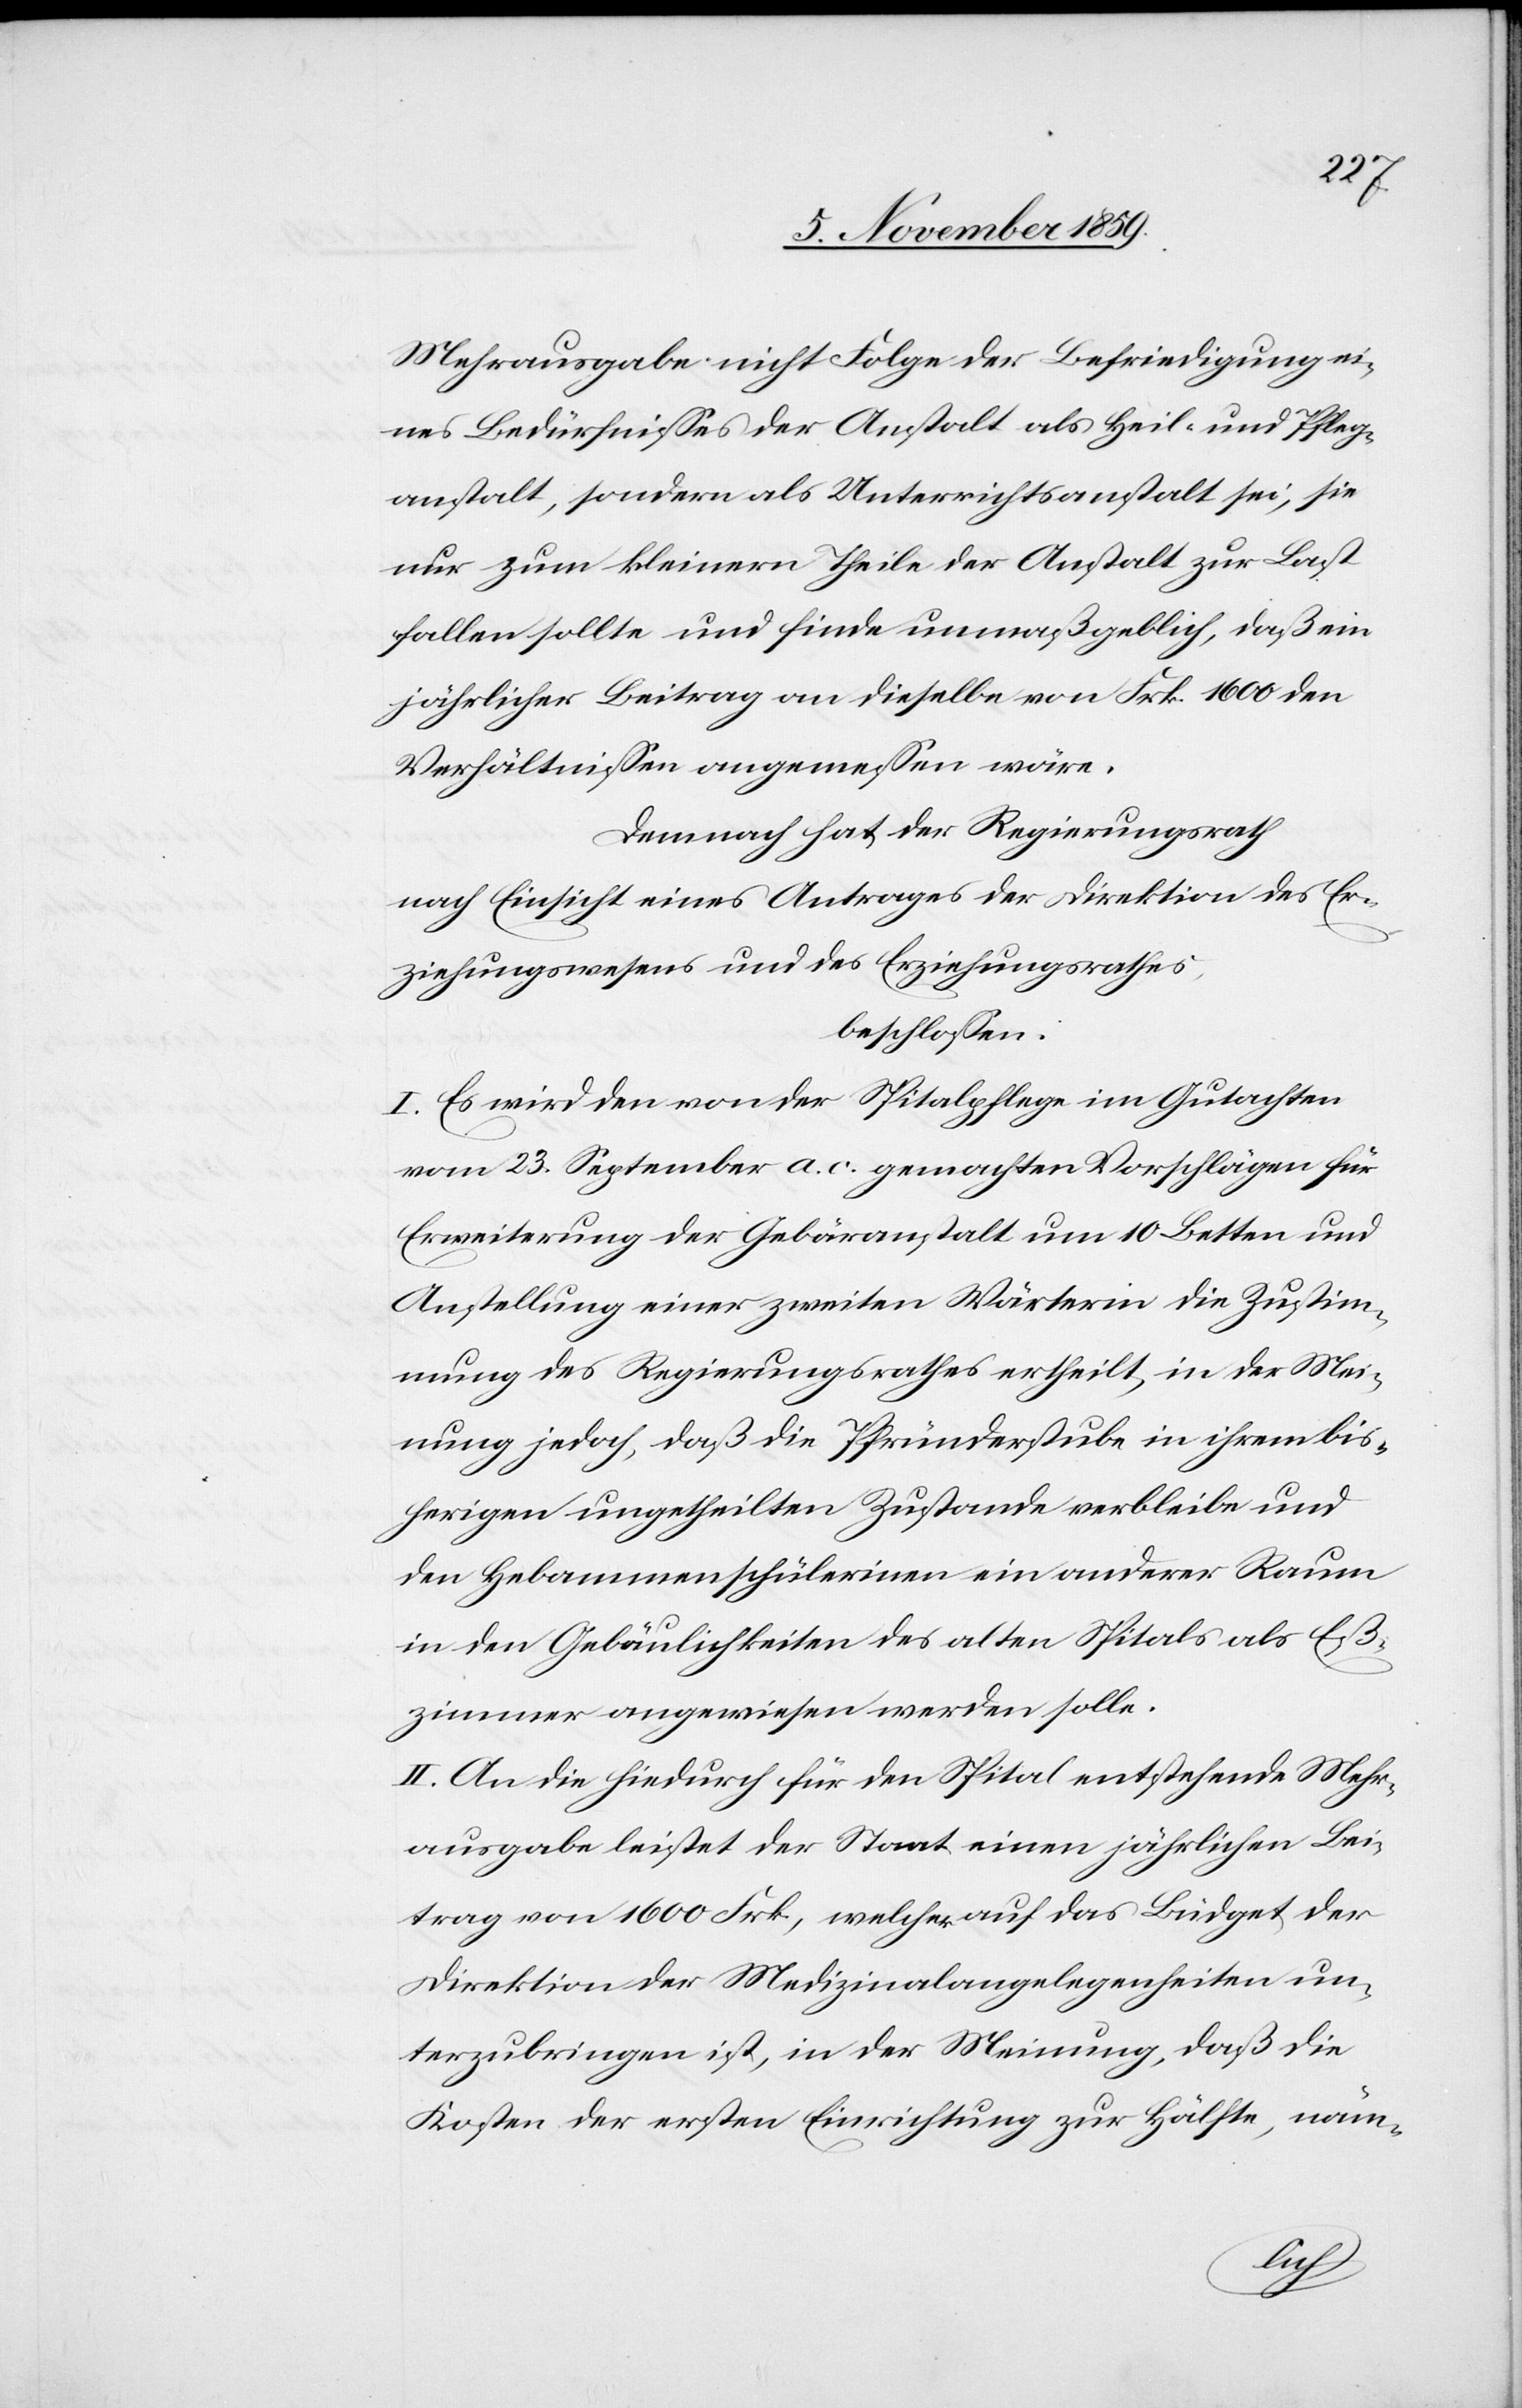
Mehrausgabe nicht Folge der Befriedigung ei¬
nes Bedürfnisses der Anstalt als Heil- und Pflege¬
anstalt, sondern als Unterrichtsanstalt sei, sie
nur zum kleinern Theile der Anstalt zu Last
fallen sollte und finde unmaßgeblich, daß ein
jährlicher Beitrag an dieselbe von Frk. 1600 den
Verhältnissen angemessen wäre.
Demnach hat der Regierungsrath
nach Einsicht eines Antrages der Direktion des Er¬
ziehungswesens und des Erziehungsrathes.
beschlossen:
I. Es wird den von der Spitalpflege im Gutachten
vom 23. September a. c. gemachten Vorschlägen für
Erweiterung der Gebäranstalt um 10 Betten und
Anstellung einer zweiten Wärterin die Zustim¬
mung des Regierungsrathes ertheilt, in der Mei¬
nung jedoch, daß die Pfründerstube in ihrem bis¬
herigen ungetheilten Zustande verbleibe und
den Hebammenschülerinen ein anderer Raum
in den Gebäulichkeiten des alten Spitals als Eß¬
zimmer angewiesen werden solle.
II. An die hiedurch für den Spital entstehende Mehr¬
ausgabe leistet der Staat einen jährlichen Bei¬
trag von 1600 Frk., welche auf das Büdget der
Direktion der Medizinalangelegenheiten un¬
terzubringen ist, in der Meinung, daß die
Kosten der ersten Einrichtung zur Hälfte näm-